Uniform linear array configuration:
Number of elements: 8
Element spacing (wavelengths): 1
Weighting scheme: kaiser
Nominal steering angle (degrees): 15
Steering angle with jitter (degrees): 13.187
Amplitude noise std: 0.05
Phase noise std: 0.05

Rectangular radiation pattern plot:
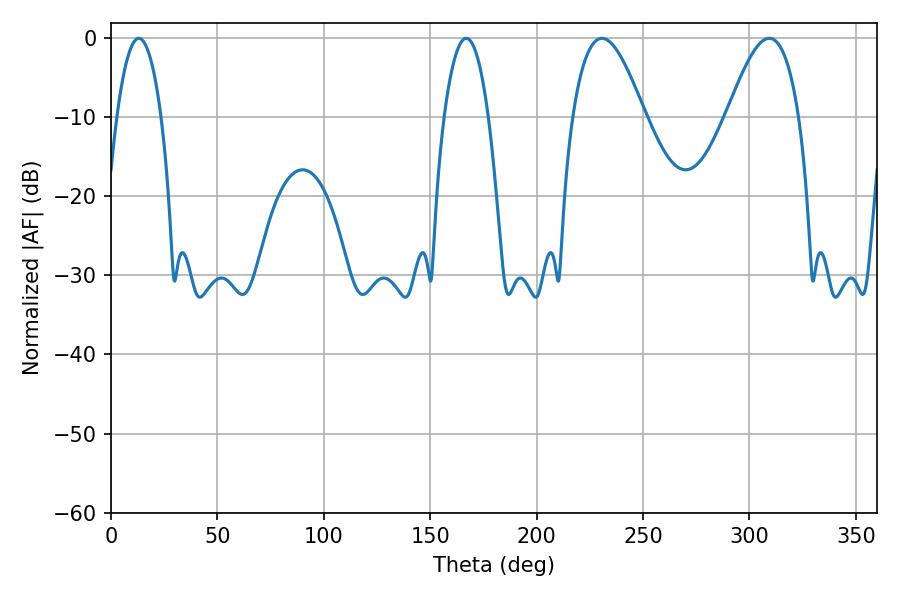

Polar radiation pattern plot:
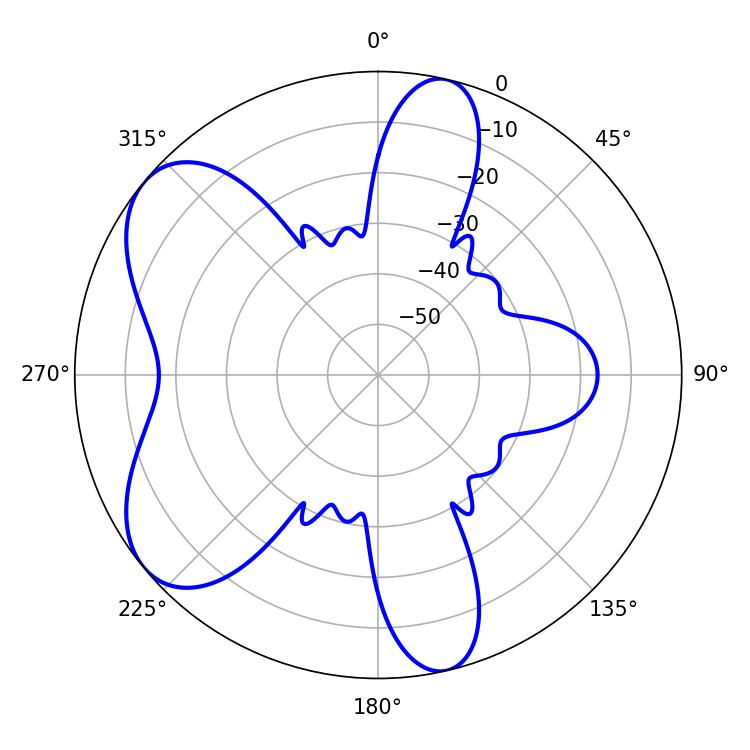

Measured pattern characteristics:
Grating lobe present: TRUE
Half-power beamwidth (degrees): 18.36
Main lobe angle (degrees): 230.76